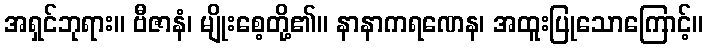
အရှင်ဘုရား။ ဗီဇာနံ၊ မျိုးစေ့တို့၏။ နာနာကရဏေန၊ အထူးပြုသောကြောင့်။